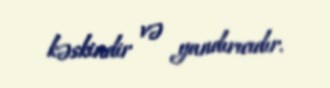
kəskindir və yandırıcıdır.